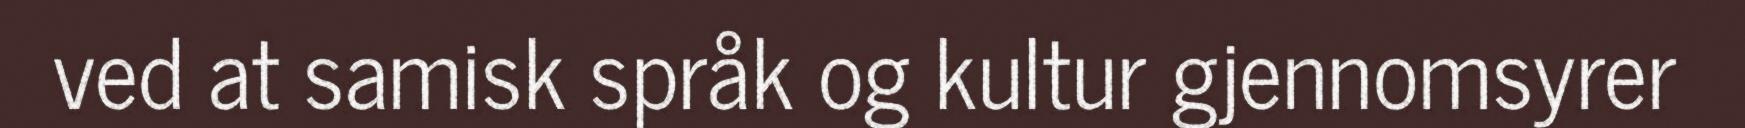
ved at samisk språk og kultur gjennomsyrer